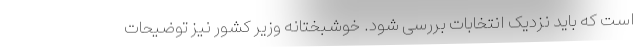
است که باید نزدیک انتخابات بررسی شود. خوشبختانه وزیر کشور نیز توضیحات